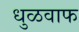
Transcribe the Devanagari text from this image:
धुळवाफ